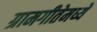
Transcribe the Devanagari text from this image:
ग्रामगीतेमध्ये